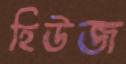
হিউজ